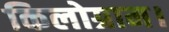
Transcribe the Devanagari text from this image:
किलोग्राम।